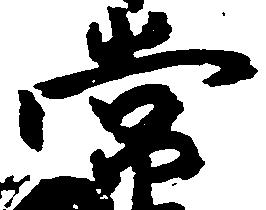
常